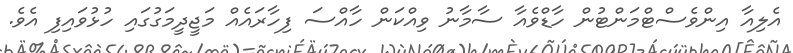
އެލިއާ އިންވެސްޓްމަންޓުން ހާޑްވެއާ ސާމާނު ވިއްކަން ހާއްސަ ފިހާރައެއް މަޖީދީމަގުގައި ހުޅުވައިފި އެވެ.